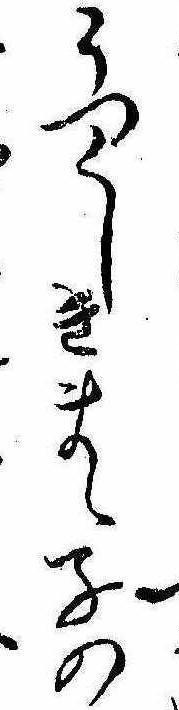
うつくしきまゝ子の